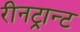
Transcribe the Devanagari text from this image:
रीनट्रान्ट